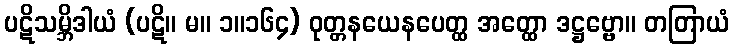
ပဋိသမ္ဘိဒါယံ (ပဋိ။ မ။ ၁။၁၆၄) ဝုတ္တနယေနပေတ္ထ အတ္ထော ဒဋ္ဌဗ္ဗော။ တတြာယံ